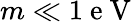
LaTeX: m\ll 1\mathrm{~e~V~}